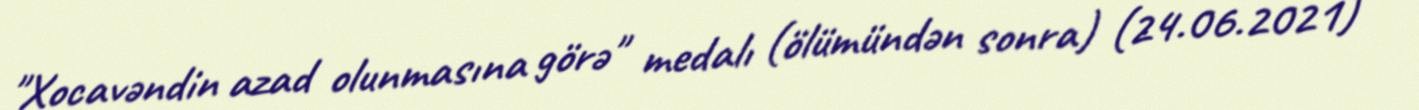
"Xocavəndin azad olunmasına görə" medalı (ölümündən sonra) (24.06.2021) —